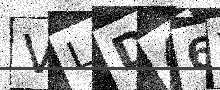
Text: VLD46Y